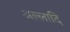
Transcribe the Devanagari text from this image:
अल्लादि